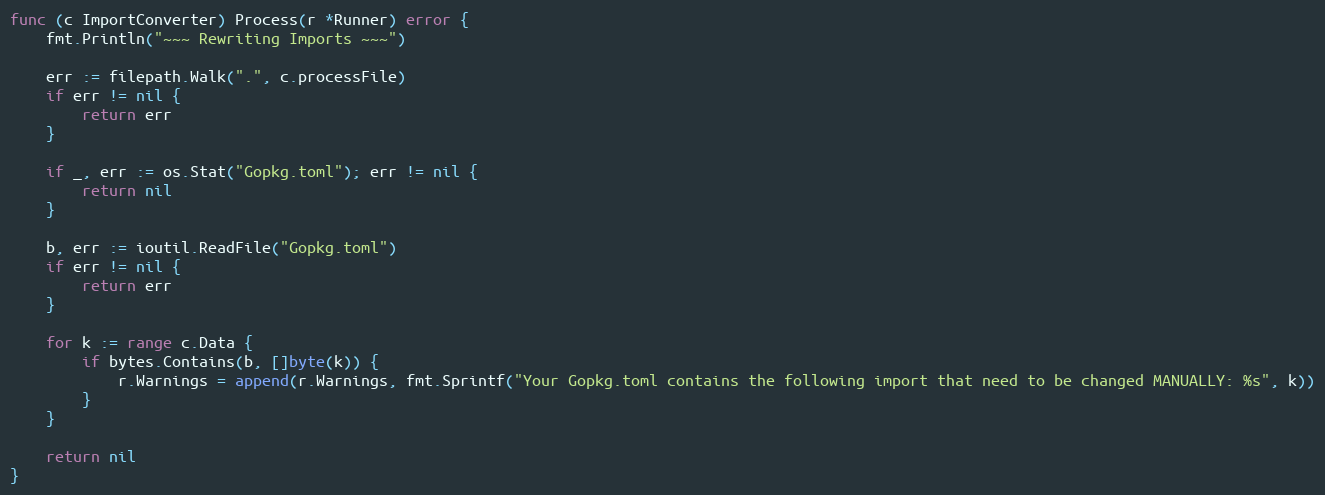
Language: Go
func (c ImportConverter) Process(r *Runner) error {
	fmt.Println("~~~ Rewriting Imports ~~~")

	err := filepath.Walk(".", c.processFile)
	if err != nil {
		return err
	}

	if _, err := os.Stat("Gopkg.toml"); err != nil {
		return nil
	}

	b, err := ioutil.ReadFile("Gopkg.toml")
	if err != nil {
		return err
	}

	for k := range c.Data {
		if bytes.Contains(b, []byte(k)) {
			r.Warnings = append(r.Warnings, fmt.Sprintf("Your Gopkg.toml contains the following import that need to be changed MANUALLY: %s", k))
		}
	}

	return nil
}